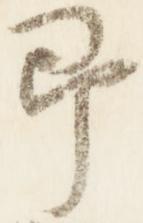
即